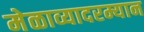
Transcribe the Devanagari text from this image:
मेळाव्यादरम्यान